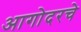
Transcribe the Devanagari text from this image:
आगोदरचे